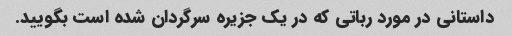
داستانی در مورد رباتی که در یک جزیره سرگردان شده است بگویید.